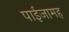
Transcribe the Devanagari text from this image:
पाईजामह